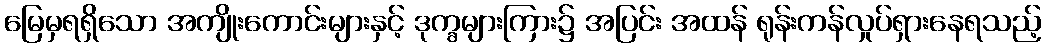
မြေမှရရှိသော အကျိုးကောင်းများနှင့် ဒုက္ခများကြား၌ အပြင်း အထန် ရုန်းကန်လှုပ်ရှားနေရသည့်